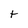
Character: t